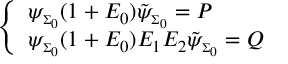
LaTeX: \left\{ \begin{array} { l } { { \psi _ { \scriptscriptstyle \Sigma _ { 0 } } ( 1 + E _ { 0 } ) \tilde { \psi } _ { \scriptscriptstyle \Sigma _ { 0 } } = P } } \\ { { \psi _ { \scriptscriptstyle \Sigma _ { 0 } } ( 1 + E _ { 0 } ) E _ { 1 } E _ { 2 } \tilde { \psi } _ { \scriptscriptstyle \Sigma _ { 0 } } = Q } } \end{array} \right.